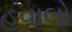
હવાલો